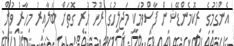
އެންގުމުގެ ރިކޮމެންޑޭޝަން ފާސްވުމަކީ މަޖިލީހުގެ ރޫހު ހުރި ގޮތަށް ބަލާއިރު މިހާރު ވުން